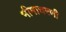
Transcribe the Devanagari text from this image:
भीमाचरणी